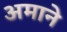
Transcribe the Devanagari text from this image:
अमाने